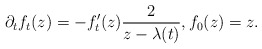
\begin{align*}\partial_{t}f_t(z) = - f'_t(z)\frac{2}{z - \lambda(t)}, f_0(z) = z.\end{align*}